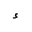
Letter: _hamza